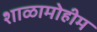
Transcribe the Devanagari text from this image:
शाळामोहीम